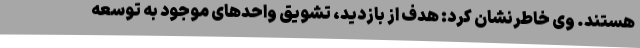
هستند. وی خاطرنشان کرد: هدف از بازدید، تشویق واحدهای موجود به توسعه